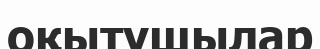
оқытушылар